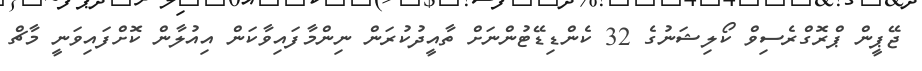
ޖޭޕީން ޕްރޮގްރެސިވް ކޯލިޝަނުގެ 32 ކެންޑިޑޭޓުންނަށް ތާއީދުކުރަން ނިންމާފައިވާކަން އިއުލާން ކޮށްފައިވަނީ މާޗް